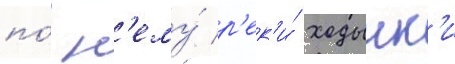
по́ н'ему́ р'ек'и́ ходынк'и